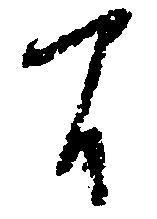
間